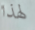
لهذا